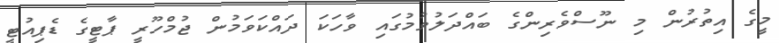
މީގެ އިތުރުން މި ނޫސްވެރިންގެ ބައްދަލުވުމުގައި ވާހަކަ ދައްކަވަމުން ޖުމްހޫރީ ޕާޓީގެ ޑެޕިއުޓީ